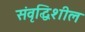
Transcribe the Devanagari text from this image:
संवृद्धिशील